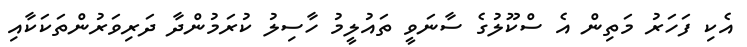
އެކި ފަހަރު މަތިން އެ ސްކޫލުގެ ސާނަވީ ތައުލީމު ހާސިލު ކުރަމުންދާ ދަރިވަރުންތަކަކާއި